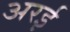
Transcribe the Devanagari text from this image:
अरई